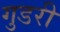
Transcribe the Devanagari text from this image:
गुडरी